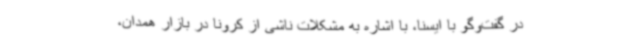
در گفت‌وگو با ایسنا، با اشاره به مشکلات ناشی از کرونا در بازار همدان،